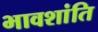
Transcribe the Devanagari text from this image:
भावशांति